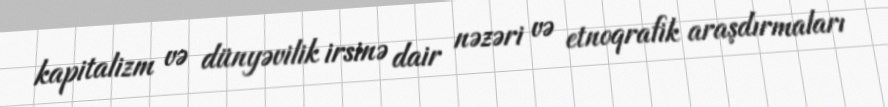
kapitalizm və dünyəvilik irsinə dair nəzəri və etnoqrafik araşdırmaları